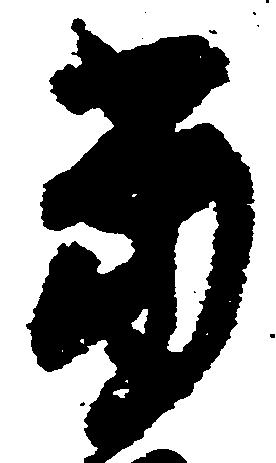
当